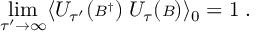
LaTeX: \operatorname * { l i m } _ { \tau ^ { \prime } \rightarrow \infty } \langle { \cal U } _ { \tau ^ { \prime } } ( { \scriptstyle { \cal B } ^ { \dagger } } ) \; { \cal U } _ { \tau } ( { \scriptstyle { \cal B } } ) \rangle _ { 0 } = 1 \; .